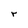
Character: r